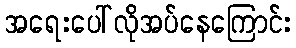
အရေးပေါ်လိုအပ်နေကြောင်း